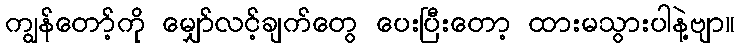
ကျွန်တော့်ကို မျှော်လင့်ချက်တွေ ပေးပြီးတော့ ထားမသွားပါနဲ့ဗျာ။